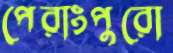
পেরাংপুরো